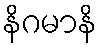
နိဂမာနိ